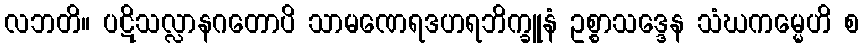
လဘတိ။ ပဋိသလ္လာနဂတောပိ သာမဏေရဒဟရဘိက္ခူနံ ဥစ္စာသဒ္ဒေန သံဃကမ္မေဟိ စ